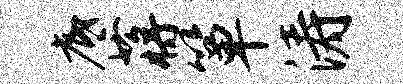
底蒋箪涛